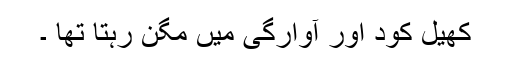
کھیل کود اور آوارگی میں مگن رہتا تھا ۔